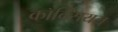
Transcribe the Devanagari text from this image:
कॉक्सियल